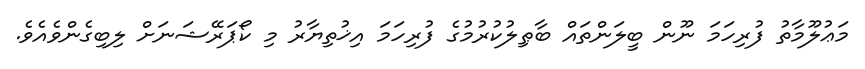
މަޢުލޫމާތު ފުރިހަމަ ނޫން ބީލަންތައް ބާޠިލުކުރުމުގެ ފުރިހަމަ އިޚުތިޔާރު މި ކޯޕަރޭޝަނަށް ލިބިގެންވެއެވެ.